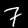
Digit: 7